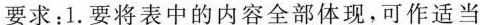
向大家介绍你在网上新认识的好友Jane。(10分)